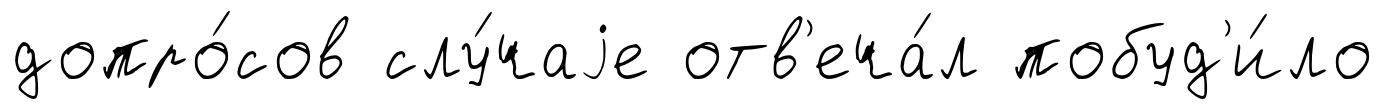
допро́сов слу́чаjе отв'еча́л побуд'и́ло